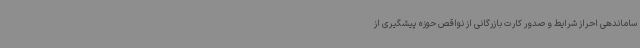
ساماندهی احراز شرایط و صدور کارت بازرگانی از نواقص حوزه پیشگیری از